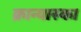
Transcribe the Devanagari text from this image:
क्रान्यास्का